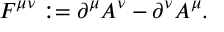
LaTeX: F ^ { \mu \nu } : = \partial ^ { \mu } A ^ { \nu } - \partial ^ { \nu } A ^ { \mu } .